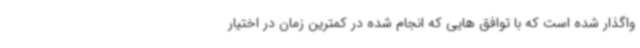
واگذار شده است که با توافق هایی که انجام شده در کمترین زمان در اختیار